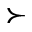
\succ